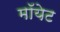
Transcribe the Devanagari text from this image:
मॉयेट